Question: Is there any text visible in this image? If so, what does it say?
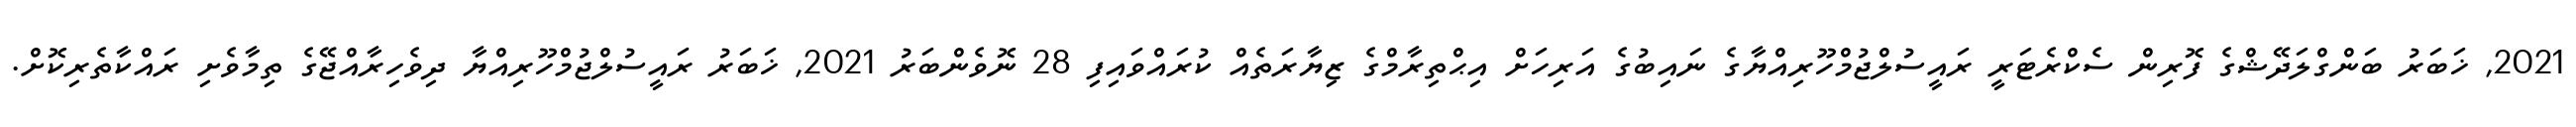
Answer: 2021, ޚަބަރު ބަންގްލަދޭޝްގެ ފޮރިން ސެކްރެޓަރީ ރައީސުލްޖުމްހޫރިއްޔާގެ ނައިބުގެ އަރިހަށް އިޙްތިރާމްގެ ޒިޔާރަތެއް ކުރައްވައިފި 28 ނޮވެންބަރު 2021, ޚަބަރު ރައީސުލްޖުމްހޫރިއްޔާ ދިވެހިރާއްޖޭގެ ތިމާވެށި ރައްކާތެރިކޮށް.